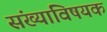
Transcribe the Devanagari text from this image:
संख्याविषयक